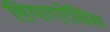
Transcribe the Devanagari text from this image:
डियाएरेसिस